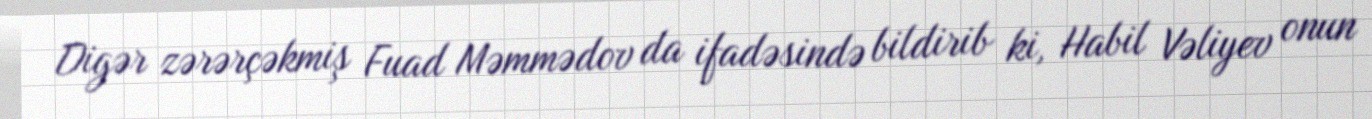
Digər zərərçəkmiş Fuad Məmmədov da ifadəsində bildirib ki, Habil Vəliyev onun